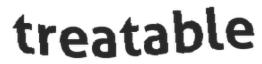
treatable